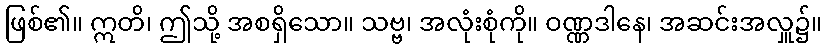
ဖြစ်၏။ ဣတိ၊ ဤသို့ အစရှိသော။ သဗ္ဗ၊ အလုံးစုံကို။ ဝဏ္ဏဒါနေ၊ အဆင်းအလှူ၌။